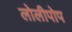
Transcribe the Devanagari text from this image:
लोलीपोप